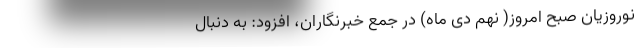
نوروزیان صبح امروز( نهم دی ماه) در جمع خبرنگاران، افزود: به دنبال